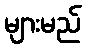
များမည်